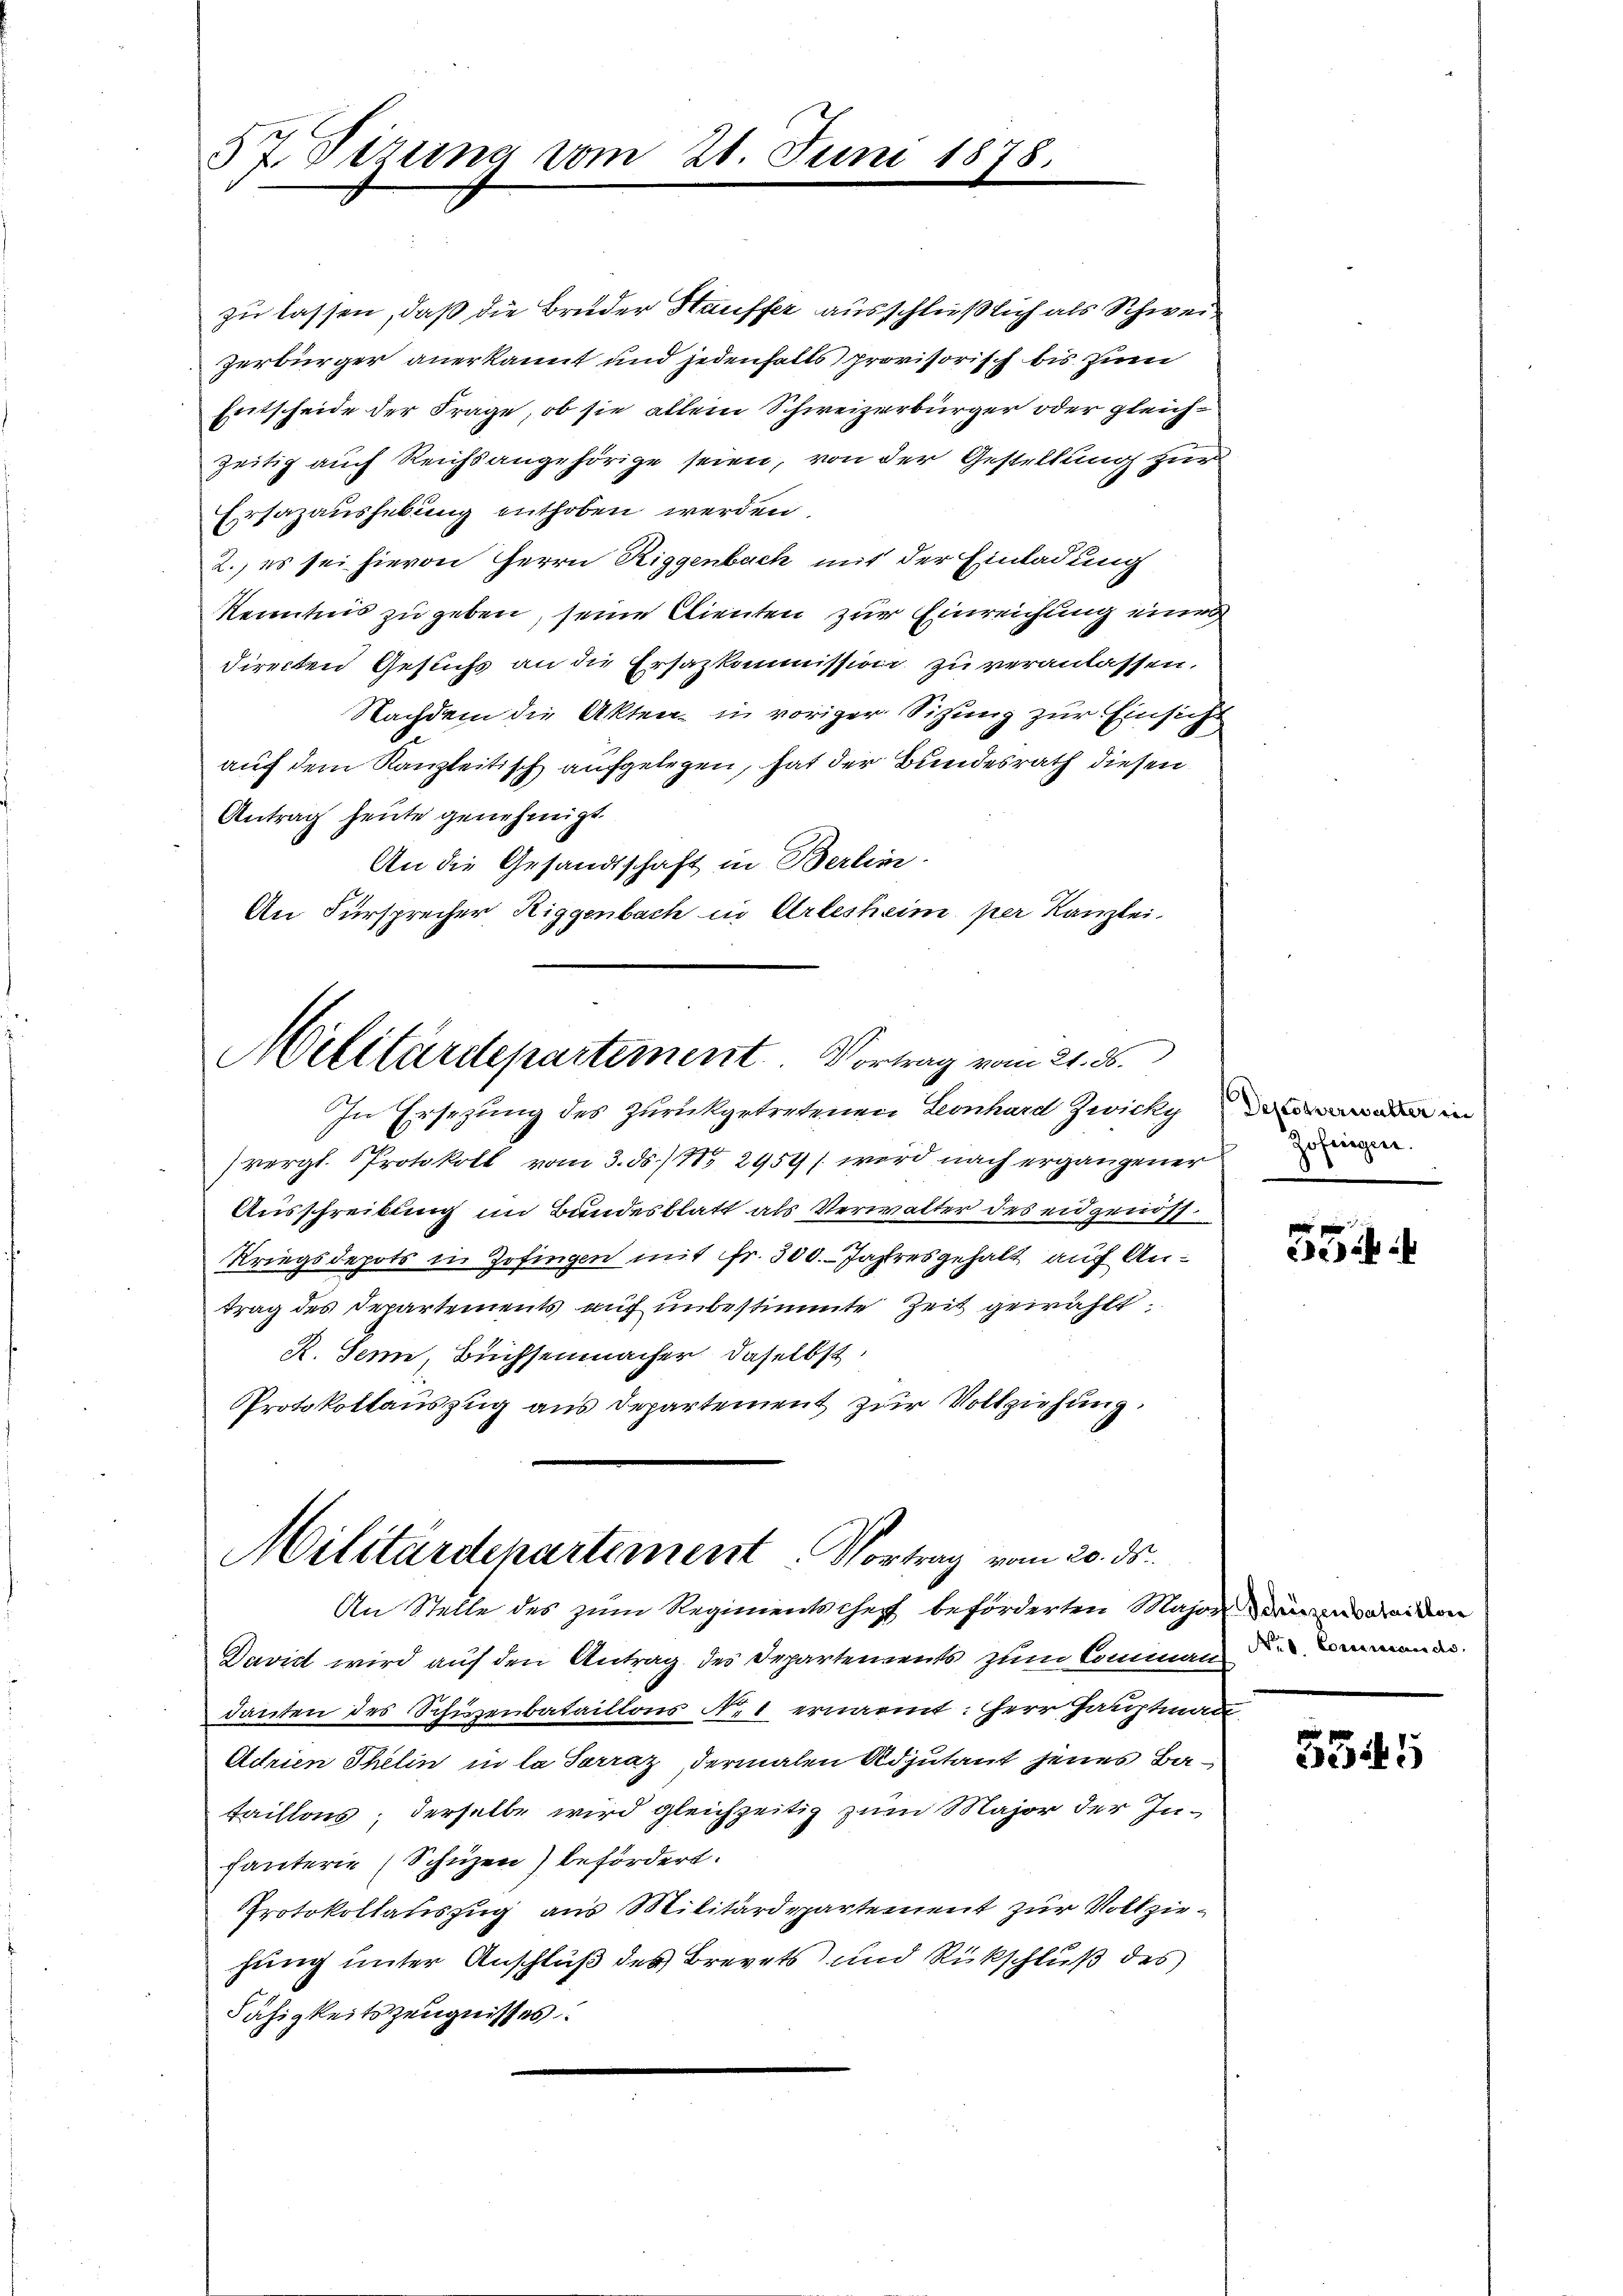
57. Sizung vom 21. Juni

1078.

zu lassen, daß die Bruder Hauffer ausschließlich als Schwei¬
Zerbürger anerkannt und jedenfalls provisorisch bis zum
Entscheide der Frage, ob sie allein Schweizerbürger oder gleichzeitig auch Reichsangehörige seien, von der Gestellung zur
Ersazaushebung enthoben werden.
2. es sei hievon Herrn Riggenbach mit der Einladung
Kenntnis zu geben, seine Clienten zur Einreichung einer
directen Gesuchs an die Ersazkommission zu veranlassen.
Nachdem die Akten in voriger Sitzung zur Einsich
auf dem Kanzleitisch aufgelegen, hat der Bundesrath diesen
Antrag heute genehmigt
An die Gesandtschaft in Berlin.
An Fürsprecher Riggenbach in Arlesheim per Kanzlei,

Militärdepartement. Vortrag vom 21. ds.

In Ersezung des zurückgetretenen Leonhard Zwicky in
(vergl. Protokoll vom 3. ds. 115 2959/ wird nach ergangener
Ausschreibung im Bundesblatt als Verwalter des eidgenös¬
Kriegsdepots in Zofingen mit Fr. 300. Jahresgehalt auf Antrag des Departements auch unbestimmte Zeit gewählt.
R. Senn, Büchsenmacher daselbst,
Protokollauszug aus Departement zur Vollziehung.

Militärdepartement. Vortrag vom 20. ds.
An Stelle des zum Regimentschepf beförderten Major beiden

David wird auf den Antrag des Irpartements zum Comman die Armena
danten des Schieibataillons N. 1 ernannt: Herr Hauptmann
Adrien Thelin in la Sorraz, dermalen Adjutant jenes Bataillons, derselbe wird gleichzeitig zum Major der Inhauterie (Schüzen) befördert.
Protokollauszug aus Militärdepartement zur Vollziehung unter Anschluß des Brevets und Rückschluß des
Fähigkeitszeugnisses.

Zofingen.

3345